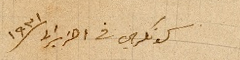
كونكري في ١ حزيران سنة ١٩٣١